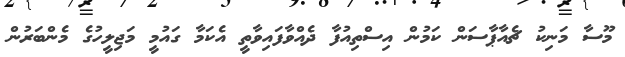
މޫސާ މަނިކު ޗެއާޕާސަން ކަމުން އިސްތިއުފާ ދެއްވާފައިވާތީ އެކަމާ ގައުމީ މަޖިލީހުގެ މެންބަރުން